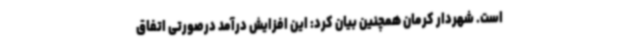
است. شهردار کرمان همچنین بیان کرد: این افزایش درآمد درصورتی اتفاق